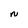
Character: N